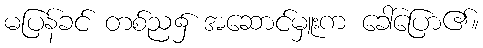
မပြန်ခင် တစ်ည၌ အဆောင်မှူးက ခေါ်ပြော၏။